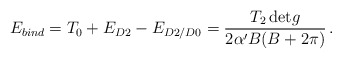
\begin{align*} E_{bind} = T_{0} + E_{D2} - E_{D2/D0} = \frac{T_{2} \, {\rm det} g}{2\alpha' B(B+2\pi)} \, .\end{align*}